Annual report on the health of the army in India
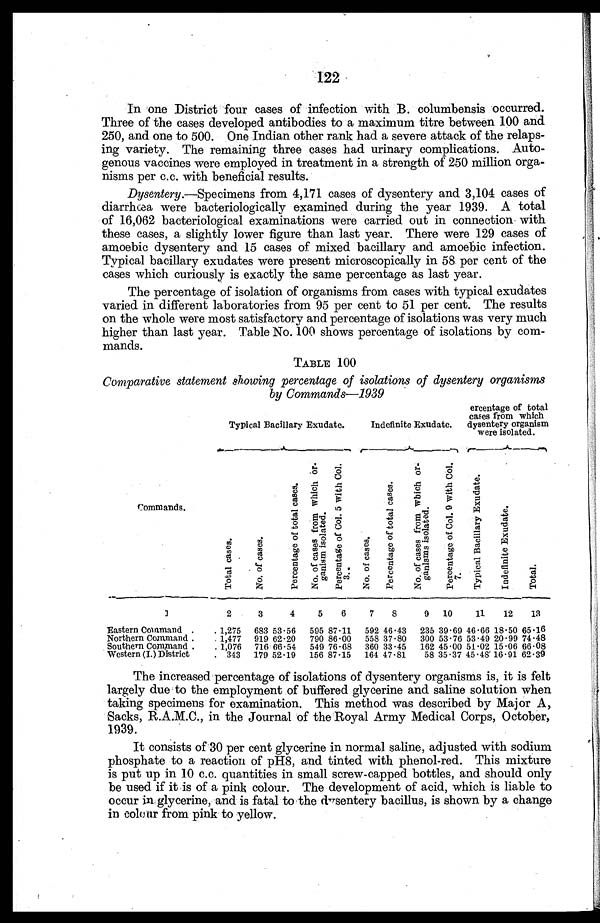
122
In one District four cases of infection with B. columbensis occurred.
Three of the cases developed antibodies to a maximum titre between 100 and
250, and one to 500. One Indian other rank had a severe attack of the relaps
-ing variety. The remaining three cases had urinary complications. Auto
-genous vaccines were employed in treatment in a strength of 250 million orga
-nisms per c.c. with beneficial results.
Dysentery .—Specimens from 4,171 cases of dysentery and 3,104 cases of
diarrhœa were bacteriologically examined during the year 1939. A total
of 16,062 bacteriological examinations were carried out in connection with
these cases, a slightly lower figure than last year. There were 129 cases of
amoebic dysentery and 15 cases of mixed bacillary and amoebic infection.
Typical bacillary exudates were present microscopically in 58 per cent of the
cases which curiously is exactly the same percentage as last year.
The percentage of isolation of organisms from cases with typical exudates
varied in different laboratories from 95 per cent to 51 per cent. The results
on the whole were most satisfactory and percentage of isolations was very much
higher than last year. Table No. 100 shows percentage of isolations by com
-mands.
TABLE 100
Comparative statement showing percentage of isolations of dysentery organisms
by Commands—1939
Typical Bacillary Exudate.
Indefinite Exudate.
Percentage of total
cases from which
dysentery organism
were isolated.
Commands.
T o t a l c a s e s .
N o . o f c a s e s .
P e r c e n t a g e o f t o t a l c a s e s .
N o . o f c a s e s f r o m w h i c h o r g a n i s m i s o l a t e d .
P e r c e n t a g e o f C o l . 5 w i t h C o l . 3 .
N o . o f c a s e s .
P e r c e n t a g e o f t o t a l c a s e s .
N o . o f c a s e s f r o m w h i c h o r g a n i s m s i s o l a t e d .
P e r c e n t a g e o f C o l . 9 w i t h C o l . 7 .
T y p i c a l B a c i l l a r y E x u d a t e .
I n d e f i n i t e E x u d a t e .
T o t a l .
1
2
3
4
5
6
7
8
9 10
11
12
13
Eastern Command . . .
1,275 683 53.56 595 87.11 592 46.43 235 39.69 46.66 18.50 65.16
Northern Command .
. 1,477 919 62.20 790 86.00 558 37.80 300 53.76 53.49 20.99 74.48
Southern Command . . .
1,076 716 66.54 549 76.68 360 33.45 162 45.00 51.02 15.06 66.08
Western (I.) District . . .
343 179 52.19 156 87.15 164 47.81
58 35.37 45.48
1 6 . 9 1 62.39
The increased percentage of isolations of dysentery organisms is, it is felt
largely due to the employment of buffered glycerine and saline solution when
taking specimens for examination. This method was described by Major A,
Sacks, R.A.M.C., in the Journal of the Royal Army Medical Corps, October,
1939.
It consists of 30 per cent glycerine in normal saline, adjusted with sodium
phosphate to a reaction of pH8, and tinted with phenol-red. This mixture
is put up in 10 c.c. quantities in small screw-capped bottles, and should only
be used if it is of a pink colour. The development of acid, which is liable to
occur in glycerine, and is fatal to the dysentery bacillus, is shown by a change in
colour from pink to yellow.